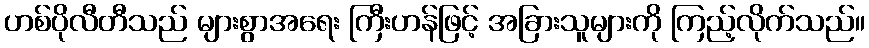
ဟစ်ပိုလီတီသည် များစွာအရေး ကြီးဟန်ဖြင့် အခြားသူများကို ကြည့်လိုက်သည်။